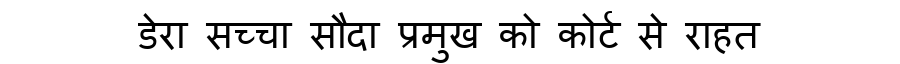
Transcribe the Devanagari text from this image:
डेरा सच्चा सौदा प्रमुख को कोर्ट से राहत